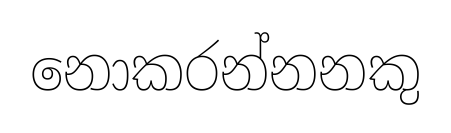
නොකරන්නනකු